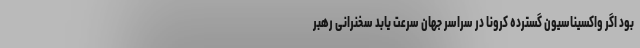
بود اگر واکسیناسیون گسترده کرونا در سراسر جهان سرعت یابد سخنرانی رهبر